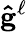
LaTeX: \mathbf{\hat{g}}^{\ell}